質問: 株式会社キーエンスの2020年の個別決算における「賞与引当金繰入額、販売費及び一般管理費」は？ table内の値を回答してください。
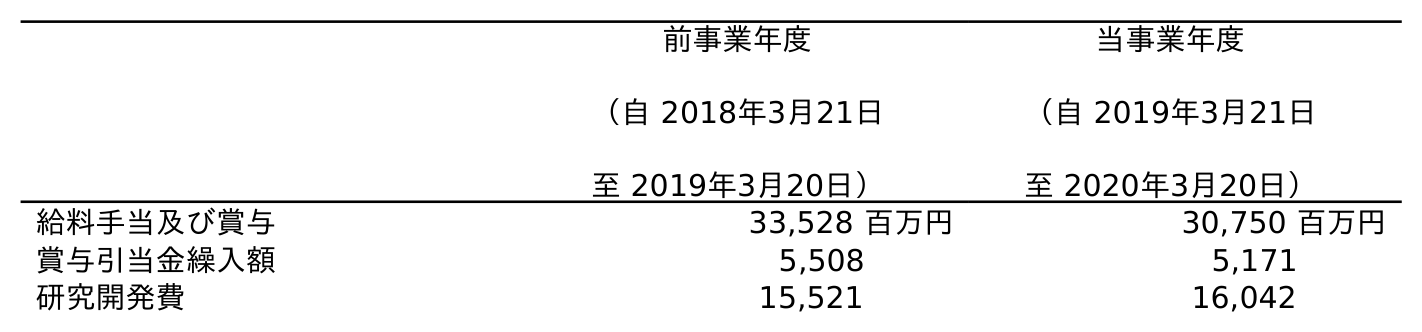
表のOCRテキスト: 前事業年度 （自 2018年3月21日 至 2019年3月20日） 当事業年度 （自 2019年3月21日 至 2020年3月20日） 給料手当及び賞与 33,528 百万円 30,750 百万円 賞与引当金繰入額 5,508 5,171 研究開発費 15,521 16,042
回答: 5,171